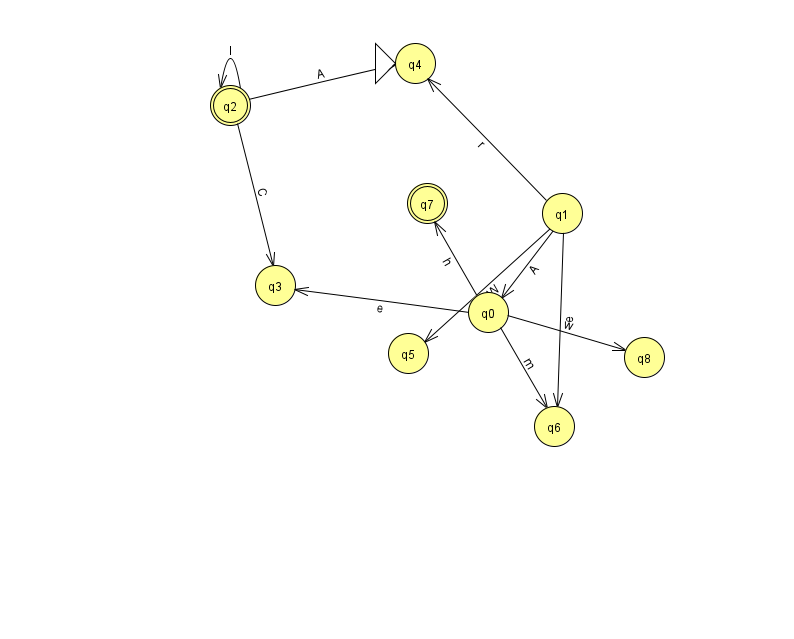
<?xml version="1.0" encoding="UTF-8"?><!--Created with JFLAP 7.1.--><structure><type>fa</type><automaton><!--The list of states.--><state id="0" name="q0"><x>488.0</x><y>299.0</y></state><state id="1" name="q1"><x>562.0</x><y>200.0</y></state><state id="2" name="q2"><x>230.0</x><y>92.0</y><final/></state><state id="3" name="q3"><x>275.0</x><y>272.0</y></state><state id="4" name="q4"><x>415.0</x><y>50.0</y><initial/></state><state id="5" name="q5"><x>408.0</x><y>340.0</y></state><state id="6" name="q6"><x>554.0</x><y>413.0</y></state><state id="7" name="q7"><x>427.0</x><y>190.0</y><final/></state><state id="8" name="q8"><x>644.0</x><y>344.0</y></state><!--The list of transitions.--><transition><from>1</from><to>0</to><read>A</read></transition><transition><from>1</from><to>5</to><read>W</read></transition><transition><from>2</from><to>4</to><read>A</read></transition><transition><from>1</from><to>4</to><read>r</read></transition><transition><from>1</from><to>6</to><read>e</read></transition><transition><from>0</from><to>7</to><read>h</read></transition><transition><from>0</from><to>8</to><read>w</read></transition><transition><from>2</from><to>2</to><read>l</read></transition><transition><from>0</from><to>3</to><read>e</read></transition><transition><from>0</from><to>6</to><read>m</read></transition><transition><from>2</from><to>3</to><read>C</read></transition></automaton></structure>